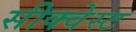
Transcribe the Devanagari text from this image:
सीक्वेस्ट